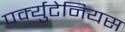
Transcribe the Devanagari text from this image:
पर्क्युटेनियस